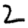
Digit: 2